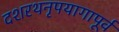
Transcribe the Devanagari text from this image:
दशरथनृपयागापूर्व